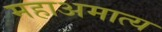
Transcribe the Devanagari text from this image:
महाअमात्य